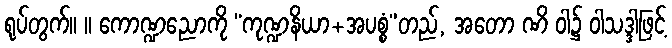
ရုပ်တွက်။ ။ ကောဏ္ဍညောကို “ကုဏ္ဍနိယာ+အပစ္စံ”တည်, အတော ဏိ ဝါ၌ ဝါသဒ္ဒါဖြင့်